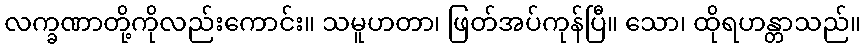
လက္ခဏာတို့ကိုလည်းကောင်း။ သမူဟတာ၊ ဖြတ်အပ်ကုန်ပြီ။ သော၊ ထိုရဟန္တာသည်။